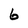
Character: 6